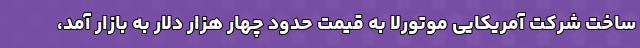
ساخت شرکت آمریکایی موتورلا به قیمت حدود چهار هزار دلار به بازار آمد،